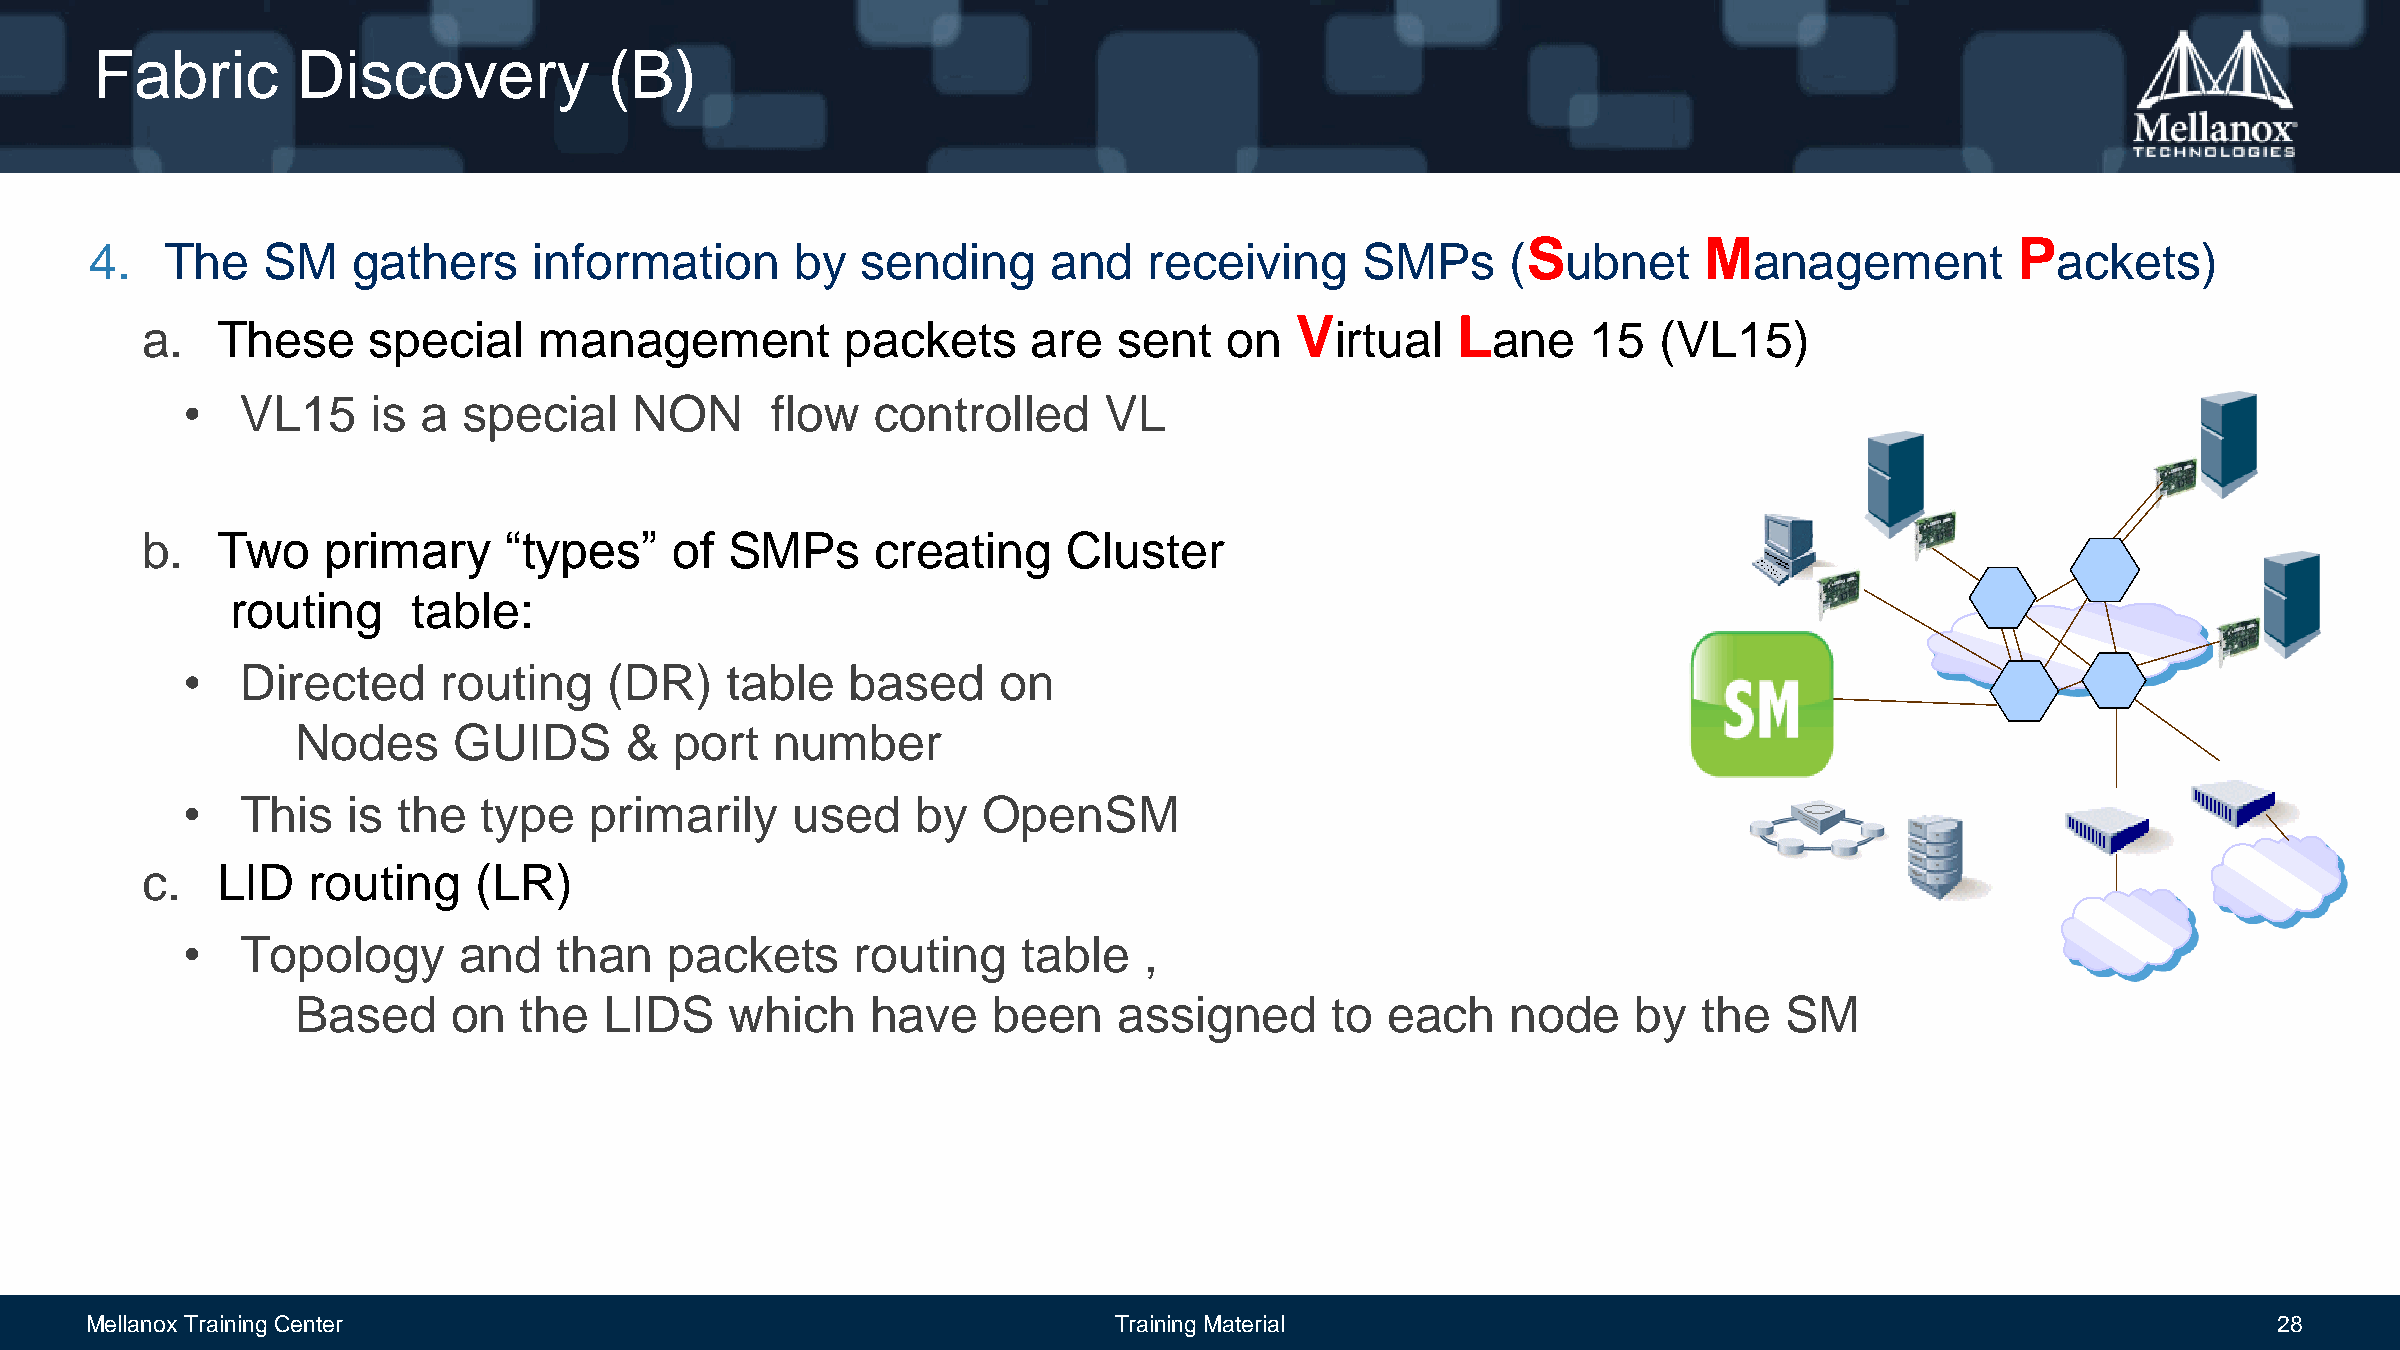
Fabric        Discovery           (B)
 S           M                    P
 4.   The   SM    gathers     information       by  sending      and   receiving     SMPs      (   ubnet       anagement           ackets)
 V         L
 a.   These     special     management          packets     are   sent   on     irtual     ane   15   (VL15)
 •   VL15     is a  special    NON      flow   controlled     VL
 b.   Two     primary    “types”     of SMPs      creating     Cluster
 routing     table:
 •   Directed     routing    (DR)    table   based     on
 Nodes     GUIDS      &   port  number
 •   This   is the   type   primarily    used     by  OpenSM
 c.   LID   routing    (LR)
 •   Topology      and    than   packets      routing    table   ,
 Based     on  the   LIDS    which     have    been    assigned      to  each    node    by   the  SM
 Mellanox Training Center                                            Training Material                                                            28